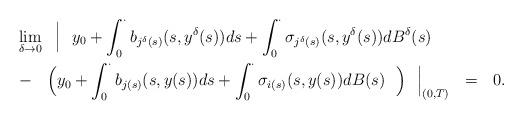
LaTeX: \begin{align*}&\lim_{\delta \to 0}~~\Big|~~y_0+\int_{0}^{\cdot}b_{j^{\delta}(s)}(s,y^{\delta}(s))ds+\int_{0}^{\cdot}\sigma_{j^{\delta}(s)}(s,y^{\delta}(s))dB^{\delta}(s) ~~\\ &-~~\Big(y_0+\int_{0}^{\cdot} b_{j(s)}(s,y(s))ds+\int_{0}^{\cdot}\sigma_{i(s)}(s,y(s))dB(s)~~\Big)~~\Big|_{(0,T)}~~=~~0.\end{align*}